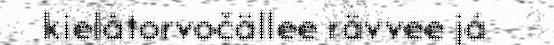
kielâtorvočällee rävvee já